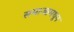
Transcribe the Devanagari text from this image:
समाजामधून